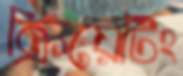
ক্রিয়েটিং